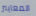
المعايير